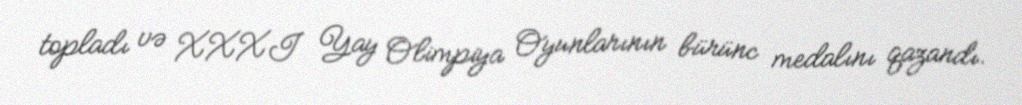
topladı və XXXI Yay Olimpiya Oyunlarının bürünc medalını qazandı.